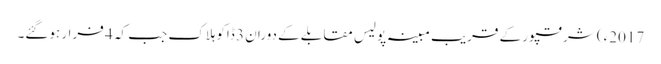
2017ء) شرقپور کے قریب مبینہ پولیس مقابلے کے دوران 3 ڈاکوہلاک جب کہ 4 فرار ہوگئے۔